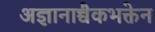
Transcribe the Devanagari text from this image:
अज्ञानाच्चैकभक्तेन